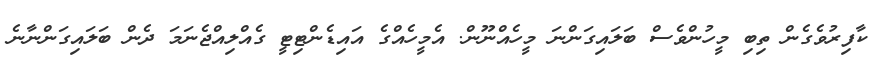
ކާފިރުވެގެން ތިބި މީހުންވެސް ބަލައިގަންނަ މީހެއްނޫން. އެމީހެއްގެ އައިޑެންޓިޓީ ގެއްލިއްޖެނަމަ ދެން ބަލައިގަންނާނެ